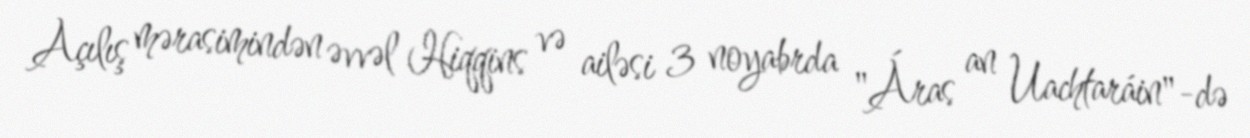
Açılış mərasimindən əvvəl Hiqqins və ailəsi 3 noyabrda "Áras an Uachtaráin"-də